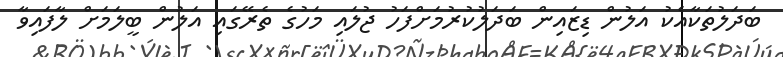
ބަދަލުތަކާއެކު އަލުން ޑިޒައިން ބަދަލުކުރުމަށްފަހު ޖުލައި މަހުގެ ތެރޭގައި އަލުން ބީލަމަށް ލާފައިވާ